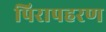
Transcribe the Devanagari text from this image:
पिरापहरण